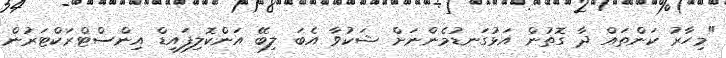
"މިހާރު ކަންތައް ދާ ގޮތުން އަޅުގަނޑުމެންނަށް ޝަކުވާ އެބަ ލިބޭ އަންކޮލިފައިޑް އިންސްޓްރަކްޓަރުން